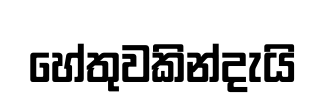
හේතුවකින්දැයි